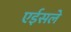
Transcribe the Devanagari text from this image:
एईसले